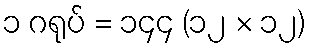
၁ ဂရုပ် = ၁၄၄ (၁၂ × ၁၂)